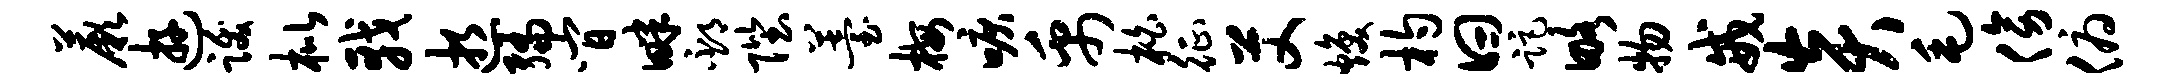
蕨游跋枇戟逝编间畔邳陛薹梅唳禹柏征艾焕杓曰距略物戒炎毛傍俯